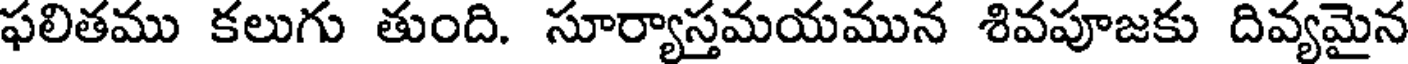
ఫలితము కలుగు తుంది. సూర్యాస్తమయమున శివపూజకు దివ్యమైన